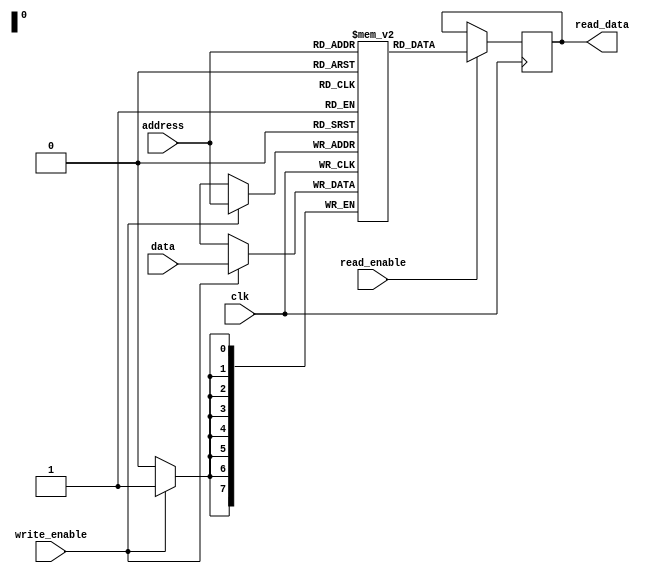
module RAM(
    input wire clk,
    input wire [7:0] address,
    input wire [7:0] data,
    input wire read_enable,
    input wire write_enable,
    output reg [7:0] read_data
);

reg [7:0] mem_array [0:255]; // Internal array to store data values at each memory address

always @(posedge clk) begin
    if (read_enable) begin
        read_data <= mem_array[address];
    end
    if (write_enable) begin
        mem_array[address] <= data;
    end
end

endmodule